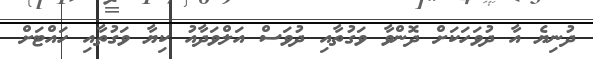
ދުނިޔެ އާ ދުވަހަކަށް ދޮންވާ ވަގުތާއި ދުވަސް އަލްވަދާއު ކިޔާ ވަގުތާއި ހައްޓަށް